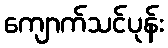
ကျောက်သင်ပုန်း